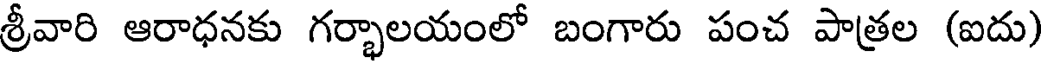
శ్రీవారి ఆరాధనకు గర్భాలయంలో బంగారు పంచ పాత్రల (ఐదు)